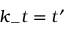
k _ { - } t = t ^ { \prime }